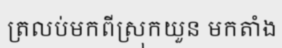
ត្រលប់មកពីស្រុកយួន មកតាំង